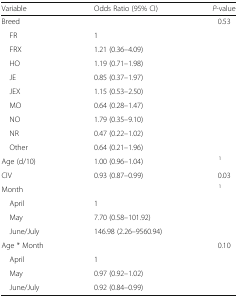
<table><thead><tr><td><b>Variable</b></td><td><b>Odds Ratio (95% CI)</b></td><td><b><i>P</i>-value</b></td></tr></thead><tbody><tr><td>Breed</td><td></td><td>0.53</td></tr><tr><td> FR</td><td>1</td><td></td></tr><tr><td> FRX</td><td>1.21 (0.36–4.09)</td><td></td></tr><tr><td> HO</td><td>1.19 (0.71–1.98)</td><td></td></tr><tr><td> JE</td><td>0.85 (0.37–1.97)</td><td></td></tr><tr><td> JEX</td><td>1.15 (0.53–2.50)</td><td></td></tr><tr><td> MO</td><td>0.64 (0.28–1.47)</td><td></td></tr><tr><td> NO</td><td>1.79 (0.35–9.10)</td><td></td></tr><tr><td> NR</td><td>0.47 (0.22–1.02)</td><td></td></tr><tr><td> Other</td><td>0.64 (0.21–1.96)</td><td></td></tr><tr><td>Age (d/10)</td><td>1.00 (0.96–1.04)</td><td><sup>1</sup></td></tr><tr><td>CIV</td><td>0.93 (0.87–0.99)</td><td>0.03</td></tr><tr><td>Month</td><td></td><td><sup>1</sup></td></tr><tr><td> April</td><td>1</td><td></td></tr><tr><td> May</td><td>7.70 (0.58–101.92)</td><td></td></tr><tr><td> June/July</td><td>146.98 (2.26–9560.94)</td><td></td></tr><tr><td>Age * Month</td><td></td><td>0.10</td></tr><tr><td> April</td><td>1</td><td></td></tr><tr><td> May</td><td>0.97 (0.92–1.02)</td><td></td></tr><tr><td> June/July</td><td>0.92 (0.84–0.99)</td><td></td></tr></tbody></table>